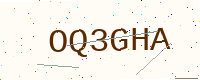
Text: OQ3GHA